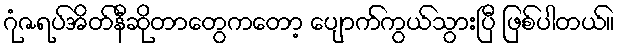
ဂုံဇရပ်အိတ်နီဆိုတာတွေကတော့ ပျောက်ကွယ်သွားပြီ ဖြစ်ပါတယ်။